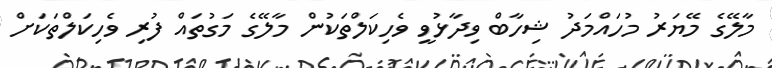
މާލޭގެ މޭޔަރު މުހައްމަދު ޝިިހާބް ވިދާޅުވީ ވެހިކަލްތަކުން މާލޭގެ މަގުތައް ފުރި ވެހިކަލްތަކަށް